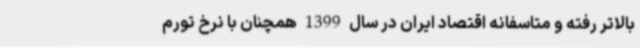
بالاتر رفته و متاسفانه اقتصاد ایران در سال 1399 همچنان با نرخ تورم